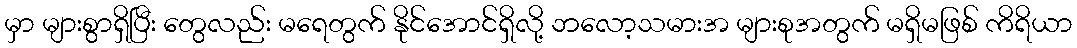
မှာ များစွာရှိပြီး တွေလည်း မရေတွက် နိုင်အောင်ရှိလို့ ဘလော့သမားအ များစုအတွက် မရှိမဖြစ် ကိရိယာ